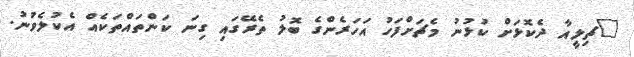
"ޗިލީއާ ދެކޮޅަށް ކުޅުނު މެޗަށްފަހު އަހަރެންގެ ބޮލު ތެރޭގައި ގިނަ ކަންތައްތަކެއް އެކުލެވުނު.